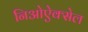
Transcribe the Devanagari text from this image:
निओऐक्सेल